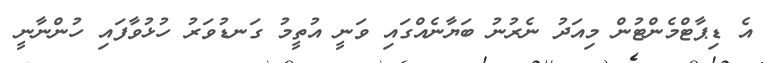
އެ ޑިޕާޓްމެންޓުން މިއަދު ނެރުނު ބަޔާނެއްގައި ވަނީ އުތީމު ގަނޑުވަރު ހުޅުވާފައި ހުންނާނީ